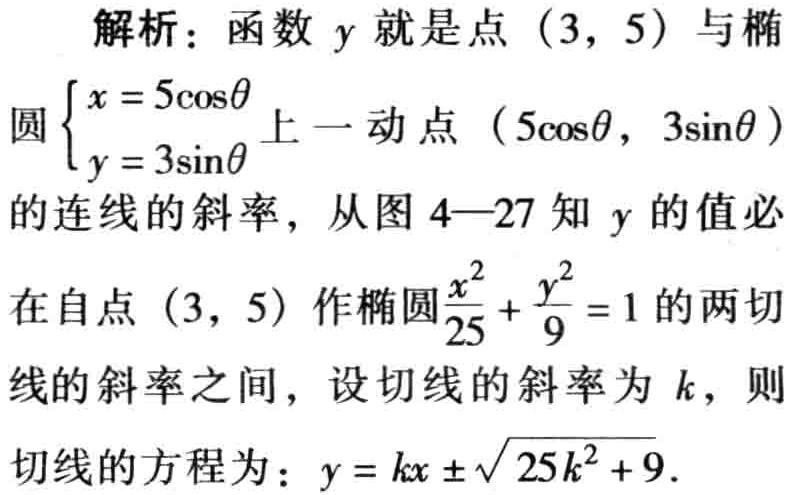
解析：函数 \(y\) 就是点 \((3,5)\) 与椭
圆 \(\begin{cases}x = 5\cos\theta\\y = 3\sin\theta\end{cases}\) 上一动点 \((5\cos\theta,3\sin\theta)\)
的连线的斜率，从图 \(4 - 27\) 知 \(y\) 的值必
在自点 \((3,5)\) 作椭圆\(\frac{x^{2}}{25}+\frac{y^{2}}{9}=1\) 的两切
线的斜率之间，设切线的斜率为 \(k\)，则
切线的方程为：\(y = kx\pm\sqrt{25k^{2}+9}\)．